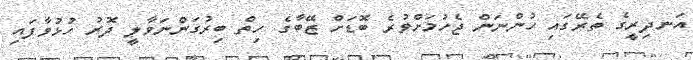
އަނދިރީގެ ތެރޭގައި ހުންނަން ޖެހުމަށްވުރެ ބޮޑަށް ޒޭބާގެ ހިތް ބިރުގަންނަވާލީ ދޮރު ހުޅުވާފައި